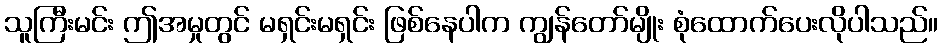
သူကြီးမင်း ဤအမှုတွင် မရှင်းမရှင်း ဖြစ်နေပါက ကျွန်တော်မျိုး စုံထောက်ပေးလိုပါသည်။